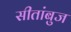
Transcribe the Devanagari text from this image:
सीतांबुज